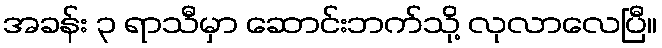
အခန်း ၃ ရာသီမှာ ဆောင်းဘက်သို့ လုလာလေပြီ။